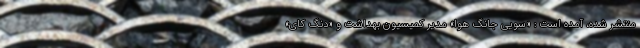
منتشر شده، آمده است : «سویی جانگ هوا» مدیر کمیسیون بهداشت و «دنگ کای»